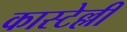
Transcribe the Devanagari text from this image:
कास्टेल्ली